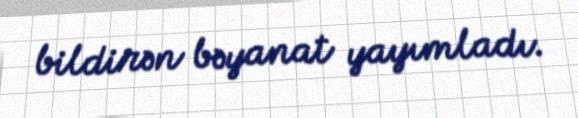
bildirən bəyanat yayımladı.